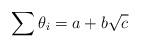
LaTeX: \begin{align*}\sum{\theta_i} = a + b\sqrt{c} \end{align*}